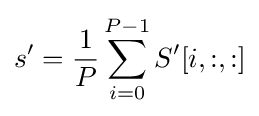
s'={\frac {1}{P}}\sum _{i=0}^{P-1}S'[i,:,:]